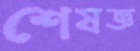
শেষজ্ঞ